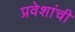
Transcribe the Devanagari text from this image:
प्रवेशांची